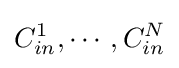
C_{in}^{1},\cdots ,C_{in}^{N}